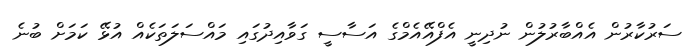
ސަރުކާރުން އެއްބާރުލުން ނުދިނީ އެފްއޭއެމްގެ އަސާސީ ގަވާއިދުގައި މައްސަލަތަކެއް އުޅޭ ކަމަށް ބުނެ